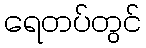
ရေတပ်တွင်